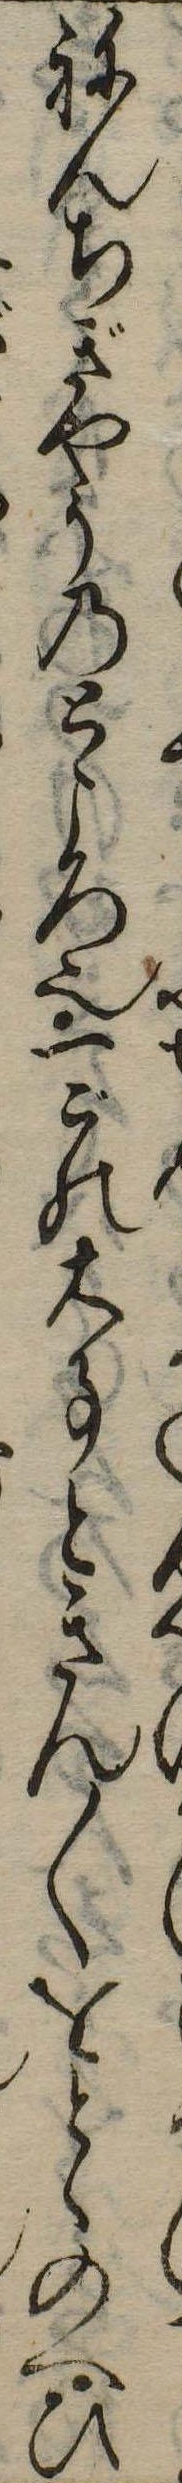
ねんちぎやうのところ也一ごの大事ときん〱をとゝのへひ